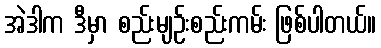
အဲဒါက ဒီမှာ စည်းမျဉ်းစည်းကမ်း ဖြစ်ပါတယ်။